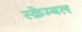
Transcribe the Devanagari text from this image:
स्क्रेम्बल